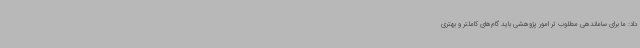
داد: ما برای ساماندهی مطلوب تر امور پژوهشی باید گام‌های کاملتر و بهتری